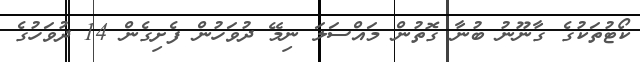
ކޯޓުތަކުގެ ގާނޫނު ބުނާ ގޮތުން މައްސަލަ ނިމޭ ދުވަހުން ފެށިގެން 14 ދުވަހުގެ